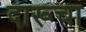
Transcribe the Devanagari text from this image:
दारूचा